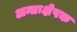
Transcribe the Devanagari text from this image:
अन्तःक्षेपक